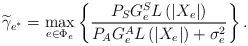
LaTeX: \begin{align*}{\widetilde{\gamma}_{{e^*}}} = \mathop {\max }\limits_{e \in {\Phi _e}} \left\{ {\frac{{{P_S} G_e^{S} L\left(\left|X_e\right|\right)}}{{{{{P_A} G_e^{A} L\left(\left|X_e\right|\right)}+ \sigma_e^2}}}} \right\}. \end{align*}